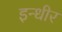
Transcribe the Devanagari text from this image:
इन्धीर